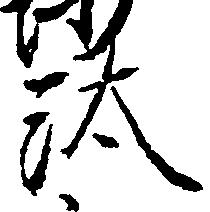
汰